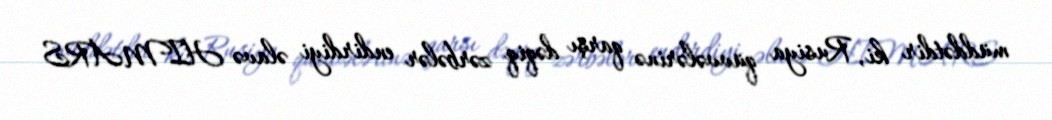
müddətdir ki, Rusiya qüvvələrinə qarşı dəqiq zərbələr endirdiyi əlavə HIMARS